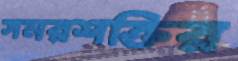
সমরশক্তির